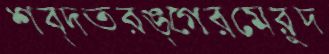
শব্দতরঙ্গেরমেরুদ